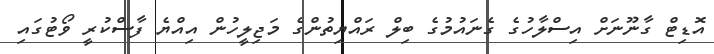
އޮޑިޓް ގާނޫނަށް އިސްލާހުގެ ގެނައުމުގެ ބިލް ރައްޔިތުންގެ މަޖިލީހުން އިއްޔެ ފާސްކުރީ ވޯޓުގައި